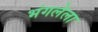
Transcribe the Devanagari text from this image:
भंगलेला